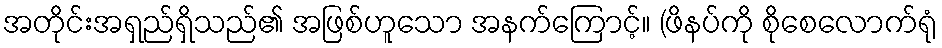
အတိုင်းအရှည်ရှိသည်၏ အဖြစ်ဟူသော အနက်ကြောင့်။ (ဖိနပ်ကို စိုစေလောက်ရုံ